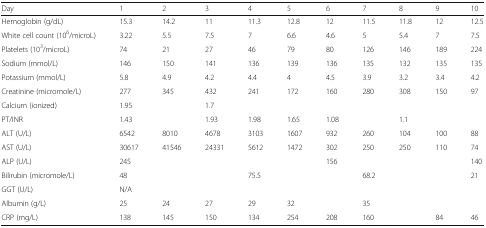
| Day | 1 | 2 | 3 | 4 | 5 | 6 | 7 | 8 | 9 | 10 |
 | --- | --- | --- | --- | --- | --- | --- | --- | --- | --- | --- |
 | Hemoglobin (g/dL) | 15.3 | 14.2 | 11 | 11.3 | 12.8 | 12 | 11.5 | 11.8 | 12 | 12.5 |
 | White cell count (106/microL) | 3.22 | 5.5 | 7.5 | 7 | 6.6 | 4.6 | 5 | 5.4 | 7 | 7.5 |
 | Platelets (103/microL) | 74 | 21 | 27 | 46 | 79 | 80 | 126 | 146 | 189 | 224 |
 | Sodium (mmol/L) | 146 | 150 | 141 | 136 | 139 | 136 | 135 | 132 | 135 | 135 |
 | Potassium (mmol/L) | 5.8 | 4.9 | 4.2 | 4.4 | 4 | 4.5 | 3.9 | 3.2 | 3.4 | 4.2 |
 | Creatinine (micromole/L) | 277 | 345 | 432 | 241 | 172 | 160 | 280 | 308 | 150 | 97 |
 | Calcium (ionized) | 1.95 |  | 1.7 |  |  |  |  |  |  |  |
 | PT/INR | 1.43 |  | 1.93 | 1.98 | 1.65 | 1.08 |  | 1.1 |  |  |
 | ALT (U/L) | 6542 | 8010 | 4678 | 3103 | 1607 | 932 | 260 | 104 | 100 | 88 |
 | AST (U/L) | 30617 | 41546 | 24331 | 5612 | 1472 | 302 | 250 | 250 | 110 | 74 |
 | ALP (U/L) | 245 |  |  |  |  | 156 |  |  |  | 140 |
 | Bilirubin (micromole/L) | 48 |  |  | 75.5 |  |  | 68.2 |  |  | 21 |
 | GGT (U/L) | N/A |  |  |  |  |  |  |  |  |  |
 | Albumin (g/L) | 25 | 24 | 27 | 29 | 32 |  | 35 |  |  |  |
 | CRP (mg/L) | 138 | 145 | 150 | 134 | 254 | 208 | 160 |  | 84 | 46 |